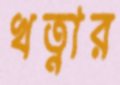
খত্নার